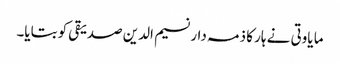
ما یاوتی نے ہار کا ذمہ دار نسیم الدین صدیقی کو بتایا۔